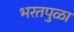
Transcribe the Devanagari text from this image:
भरतपुळा